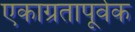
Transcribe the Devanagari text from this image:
एकाग्रतापूर्वक